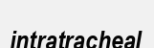
intratracheal